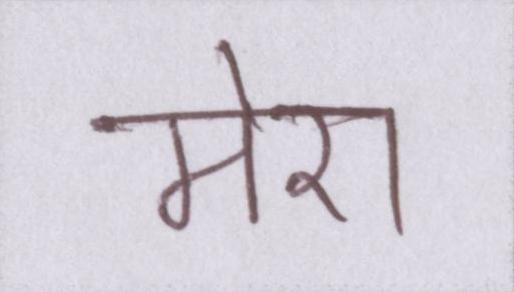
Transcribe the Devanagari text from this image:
मेरा